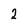
Character: 2